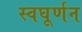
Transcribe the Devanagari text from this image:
स्वघूर्णन